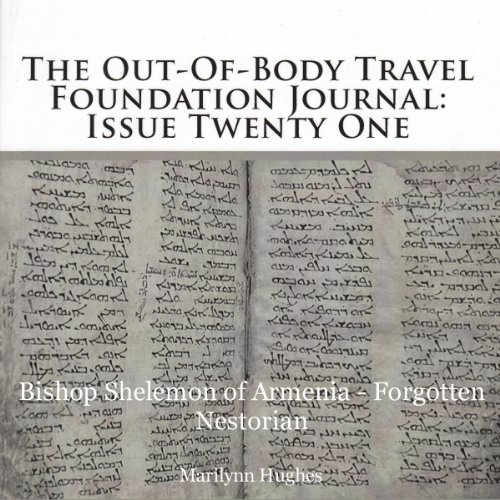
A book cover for The Out-of-Body Travel Foundation Journal: Issue 21: Bishop Shelemon of Armenia - Forgotten Nestorian Christian Mystic; Marilynn Hughes; Travel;